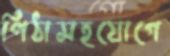
পিঠাসহযোগে